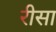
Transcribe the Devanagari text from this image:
रीसा